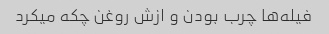
فیله‌ها چرب بودن و ازش روغن چکه میکرد